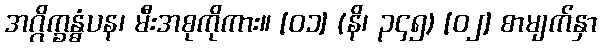
အဂ္ဂိက္ခန္ဓံပန၊ မီးအစုကိုကား။ [၀၁] (နိ၊ ၃၄၅) [၀၂] စာမျက်နှာ